Civil Veterinary Department Bihar reports 1940-50 - 1940-1950
Year: 1940
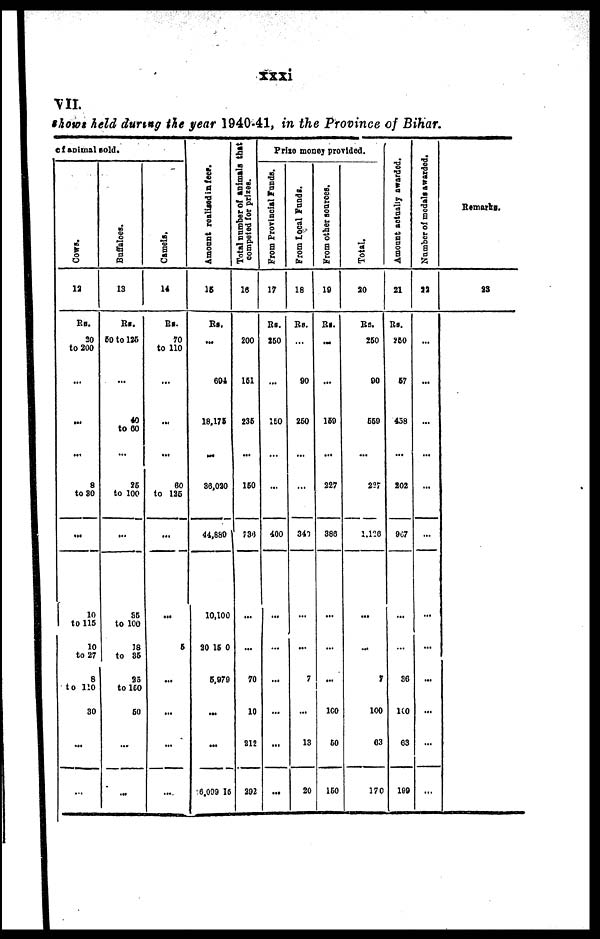
xxxi
VII
shows held during the year 1940-41, in the Province of Bihar.
of animal sold.
Cows.
12
Rs.
20
to 200
...
...
...
8
to 80
...
10
to 115
10
to 27
8
to 110
30
...
...
Buffaloes.
13
Rs.
60 to 125
...
40
to 50
...
25
to 100
...
55
to 100
18
to 85
35
to 150
50
...
...
Camels,
14
Rs.
70
to 110
...
...
...
60
to 125
...
5
...
...
...
...
Amount realised
in feer.
15
Rs.
...
604
18,175
.....
36,020
44,880
10,100
20 15 0
5,979
...
...
6,029 16
Total number of animals that
competed for prizes.
16
200
151
235
...
150
736
...
...
70
10
212
292
Prize money provided.
From Provincial Funds.
17
250
...
150
...
...
400
...
...
...
...
...
...
From Local Fundi.
18
Rs.
...
90
250
...
...
340
...
...
7
...
13
20
From other sources.
19
Rs.
...
...
150
...
227
386
...
...
...
160
50
150
Total,
20
250
90
550
...
227
1,120
...
...
7
100
63
170
Amount actually awarded.
21
Rs.
250
57
458
...
202
907
...
...
36
100
63
199
Number of medals awarded.
22
...
...
...
...
...
...
...
...
...
...
...
...
Remarks.
23